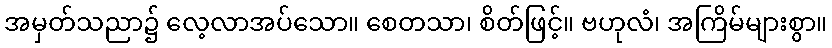
အမှတ်သညာ၌ လေ့လာအပ်သော။ စေတသာ၊ စိတ်ဖြင့်။ ဗဟုလံ၊ အကြိမ်များစွာ။